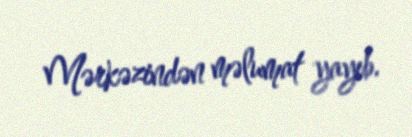
Mərkəzindən məlumat yayıb.